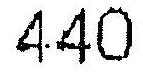
440